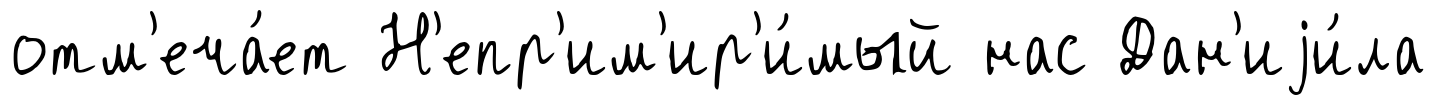
отм'еча́ет Н'епр'им'ир'и́мый нас Дан'иjи́ла